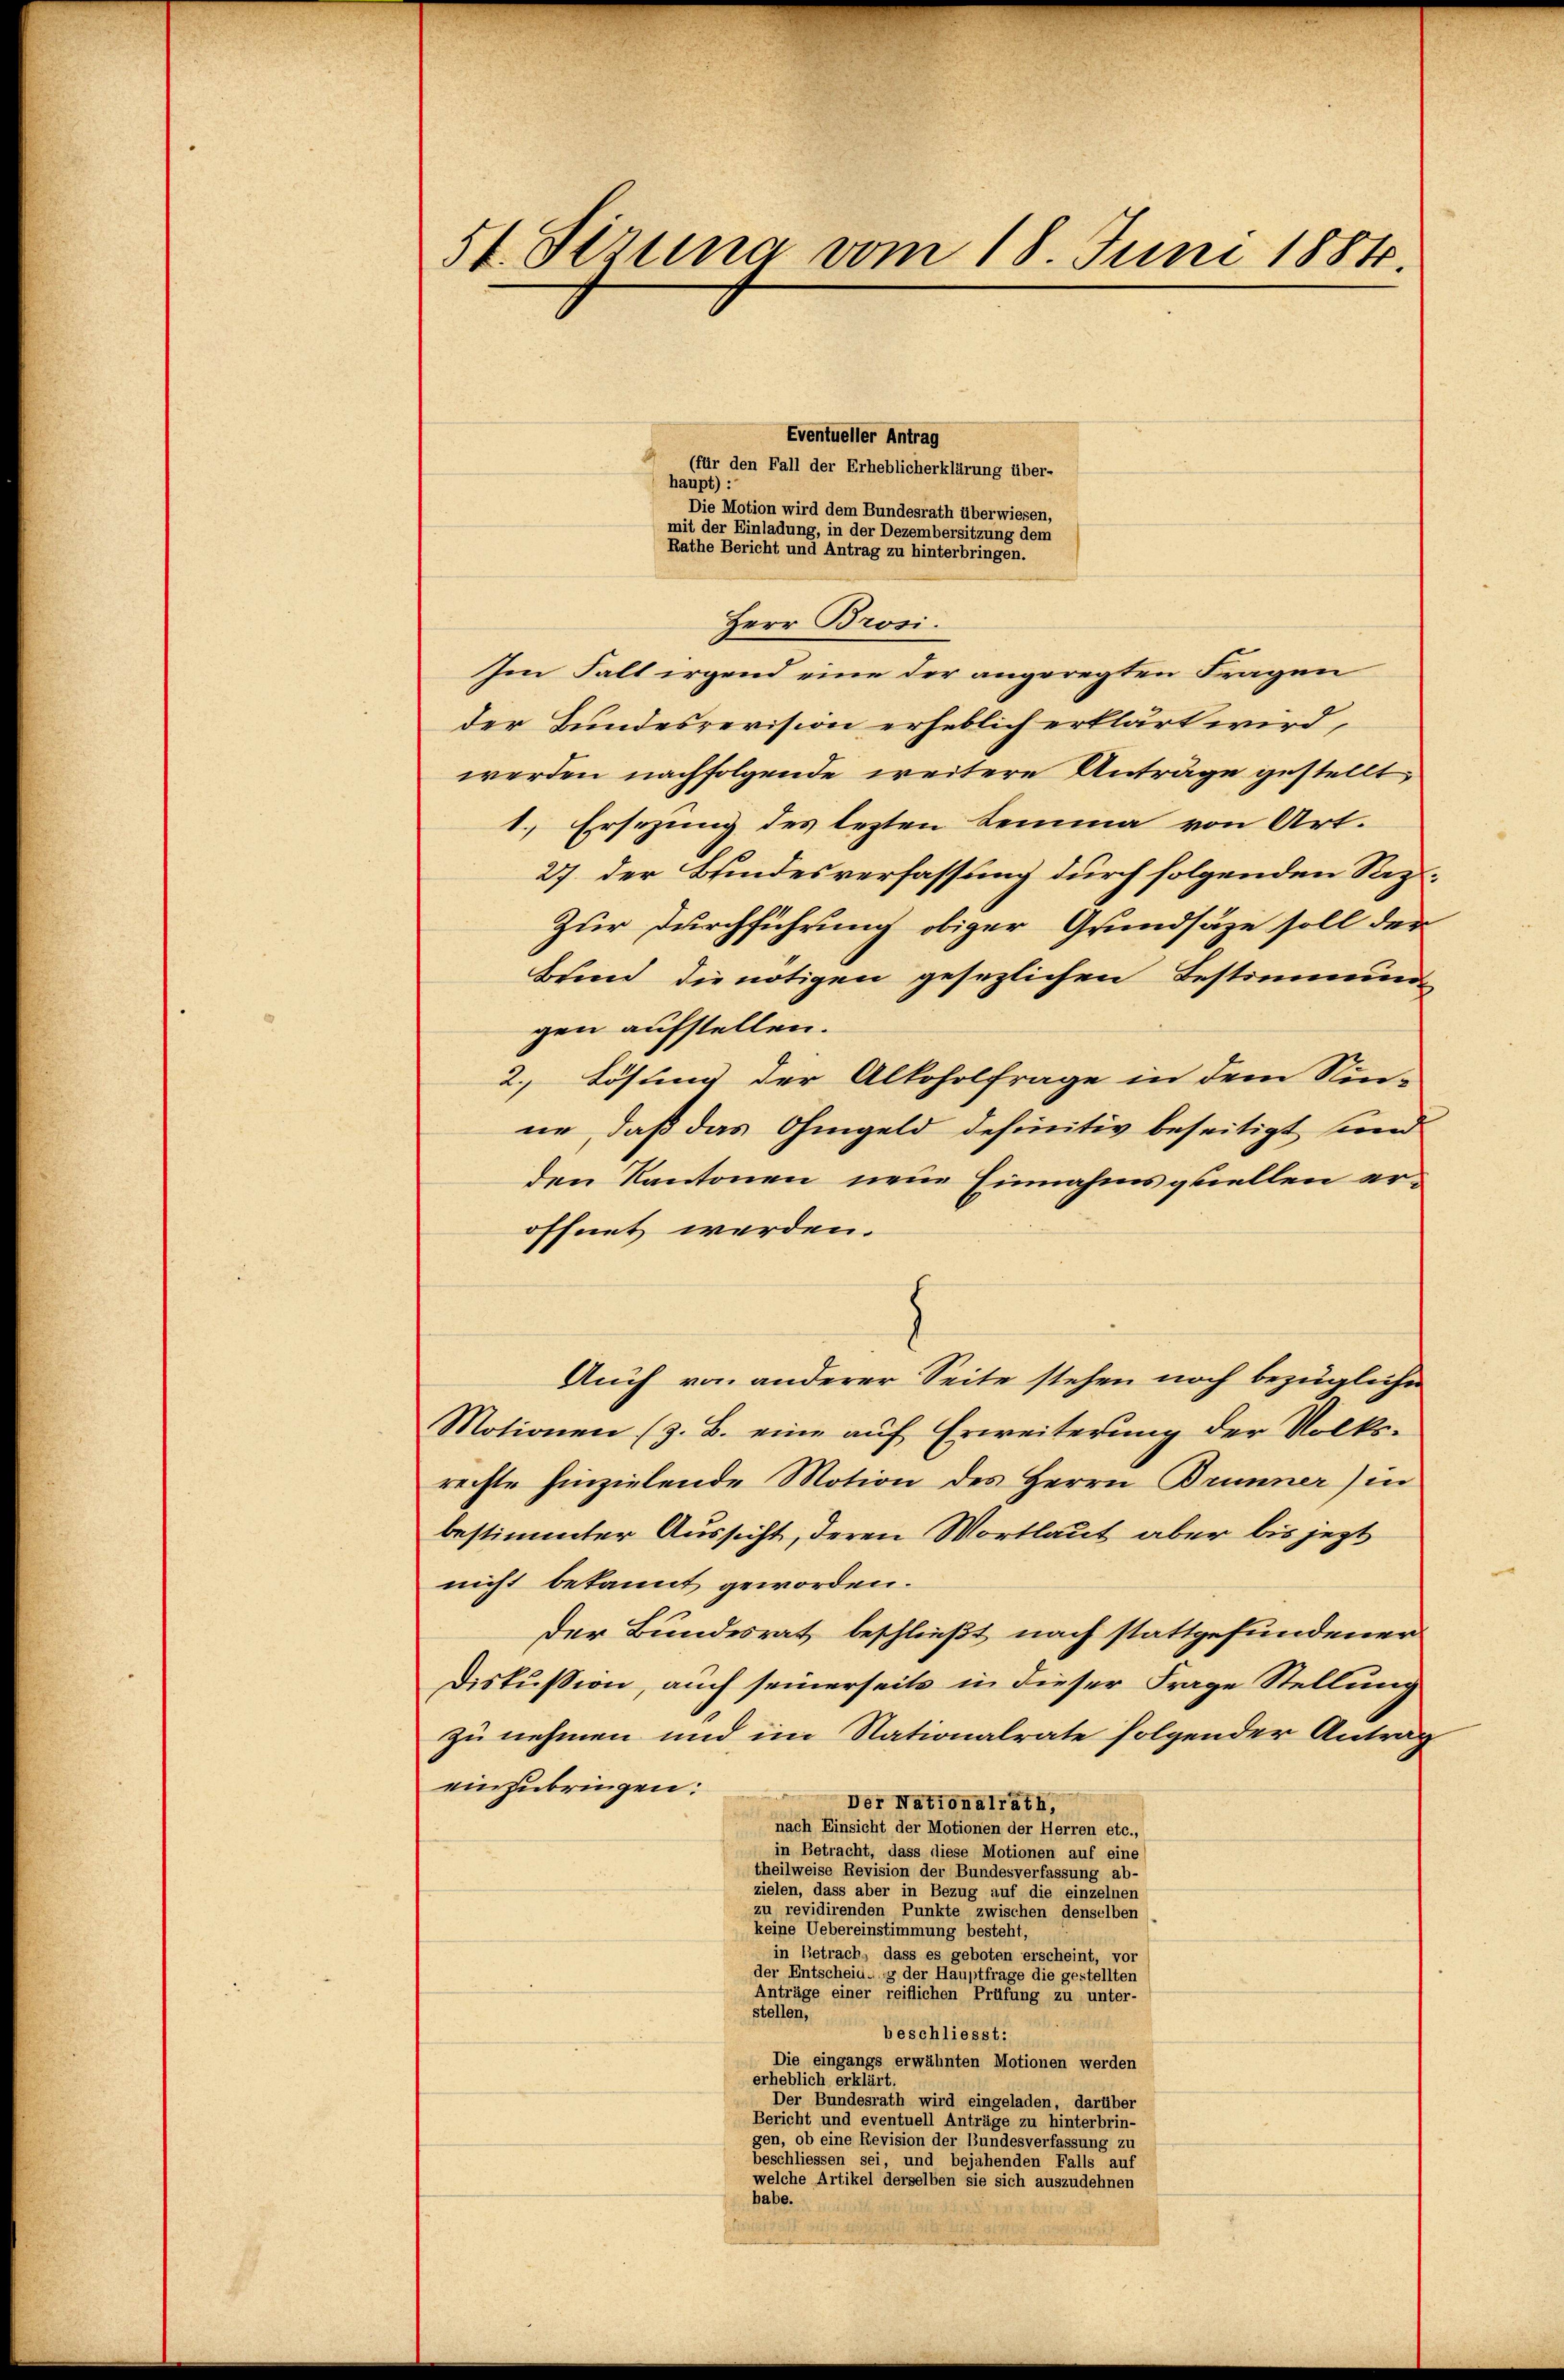
54. Serena vom 18. Juni 1884.

Eventueller Antrag
(für den Fall der Erheblicherklärung über-
haupt)
Die Motion wird dem Bundesrath überwiesen,
mit der Einladung, in der Dezembersitzung dem
Rathe Bericht und Antrag zu hinterbringen.
Herr Brosi.
Im Fall irgend eine der angeregten Fragen
der Bundesrevision erheblich erklärt wird,
werden nachfolgende weitere Anträge gestellt,
1.) Ersezung des lezten Lemma von Art.
27. der Bundesverfassung durch folgenden Saz¬
Zur Durchführung obiger Grundsätze soll der
Bund die nötigen gesezlichen Bestimmung
gen aufstellen.
2.) Lösung der Alkoholfrage in dem Sin-
ne, daß das Ohmgeld definitiv beseitigt sind
den Kantonen neue Einnahmsquellen eröffnet werden.
E
.
Auch von anderer Seite stehen noch bezügliche
Motionen (z. B. eine auf Erweiterung der Volksrechte hinzielende Motion des Herrn Brunner) in
bestimmter Aussicht, deren Wortlaut aber bis jezt
nicht bekannt geworden.
Der Bundesrat beschließt, nach stattgefundener
Diskussion, auch seinerseits in dieser Frage Stellung
zu nehmen und im Nationalrate folgender Antrag
einzubringen:
Der Nationalrath,
nach Einsicht der Motionen der Herren etc.,
in Betracht, dass diese Motionen auf eine
theilweise Revision der Bundesverfassung ab-
ieten, dass es sei einen der einer einer eine
zu revidirenden Punkte zwischen denselben
keine Uebereinstimmung besteht,
in Betrach, dass es geboten erscheint, vor
der Entscheid- g der Hauptfrage die gestellten
Anträge einer reiflichen Prüfung zu unter-
stellen,
beschliesst:
Die eingangs erwähnten Motionen werden
erheblich erklärt.
Der Bundesrath wird eingeladen, darüber
Bericht und eventuell Anträge zu hinterbrin-
gen, ob eine Revision der Bundesverfassung zu
beschliessen sei, und bejahenden Falls auf
welche Artikel derselben sie sich auszudehnen
habe.